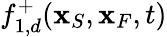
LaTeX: f_{1,d}^{+}({\mathbf x}_{S},{\mathbf x}_{F},t)